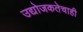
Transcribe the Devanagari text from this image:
उद्योजकतेचाही